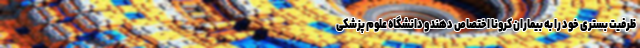
ظرفیت بستری خود را به بیماران کرونا اختصاص دهند و دانشگاه علوم پزشکی